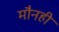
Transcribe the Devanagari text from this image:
मौनही